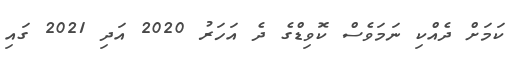
ކަމަށް ދެއްކި ނަމަވެސް ކޮވިޑްގެ ދެ އަހަރު 2020 އަދި 2021 ގައި